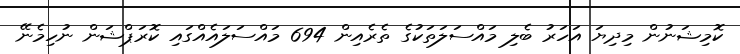
ކޮމިޝަނުން މިދިޔަ އަހަރު ބެލި މައްސަލަތަކުގެ ތެރެއިން 694 މައްސަލައެއްގައި ކޮރަޕްޝަން ނުހިމެނޭ